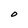
Character: O